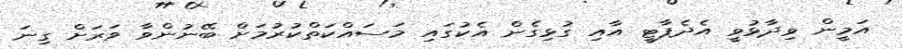
އަމީން ވިދާޅުވީ އެދެޕާޓީ އާއި ގުޅިގެން އެކުގައި މަސައްކަތްކުރުމަށް ބޭނުންވާ ވަރަށް ގިނަ